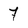
Character: 7